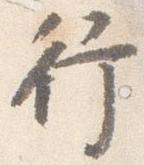
行